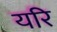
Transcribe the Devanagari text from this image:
यरि